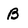
Character: B